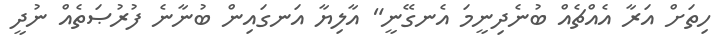
ހިތަށް އަރާ އެއްޗެއް ބުނެދިނީމަ އެނގޭނީ" އާލިޔާ އަނގައިން ބުނާނެ ފުރުޞަތެއް ނުދީ